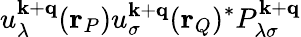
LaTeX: u_{\lambda}^{\mathbf{k}+\mathbf{q}}(\mathbf{r}_{P})u_{\sigma}^{\mathbf{k}+\mathbf{q}}(\mathbf{r}_{Q})^{*}P_{\lambda\sigma}^{\mathbf{k}+\mathbf{q}}